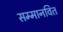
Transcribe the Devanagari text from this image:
सम्मानवित